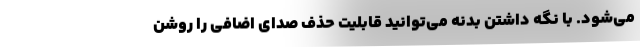
می‌شود. با نگه داشتن بدنه می‌توانید قابلیت حذف صدای اضافی را روشن